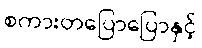
စကားတပြောပြောနှင့်